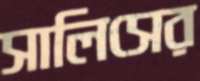
সালিসের